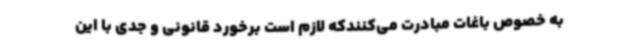
به خصوص باغات مبادرت می‌کنندکه لازم است برخورد قانونی و جدی با این